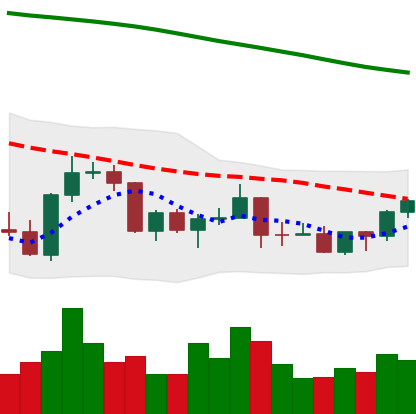
Ticker: BNB-USD
Chart end date: 2022-03-17
Forward return: 3.188%
Label: up_3_5